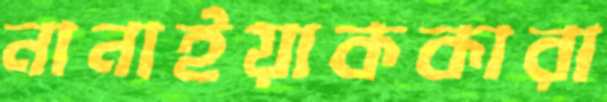
নানাইয়াককারা